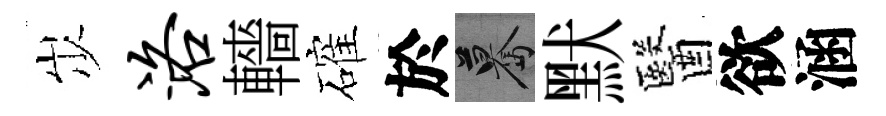
𡵯洛轖確於驀默醫欲涵